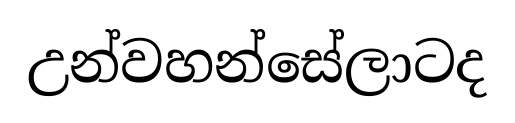
උන්වහන්සේලාටද